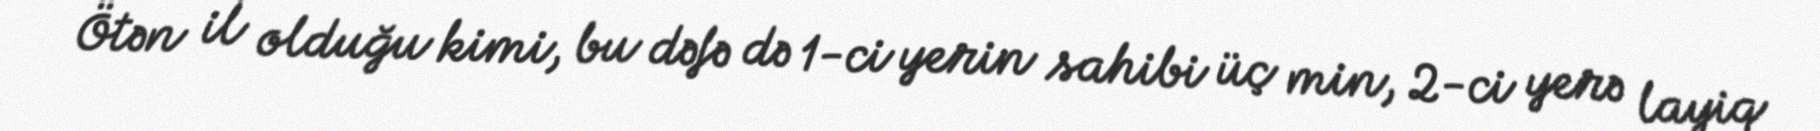
Ötən il olduğu kimi, bu dəfə də 1-ci yerin sahibi üç min, 2-ci yerə layiq